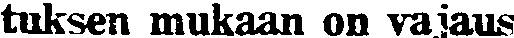
tuksen mukaan on vajaus